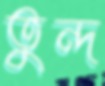
তুন্দ